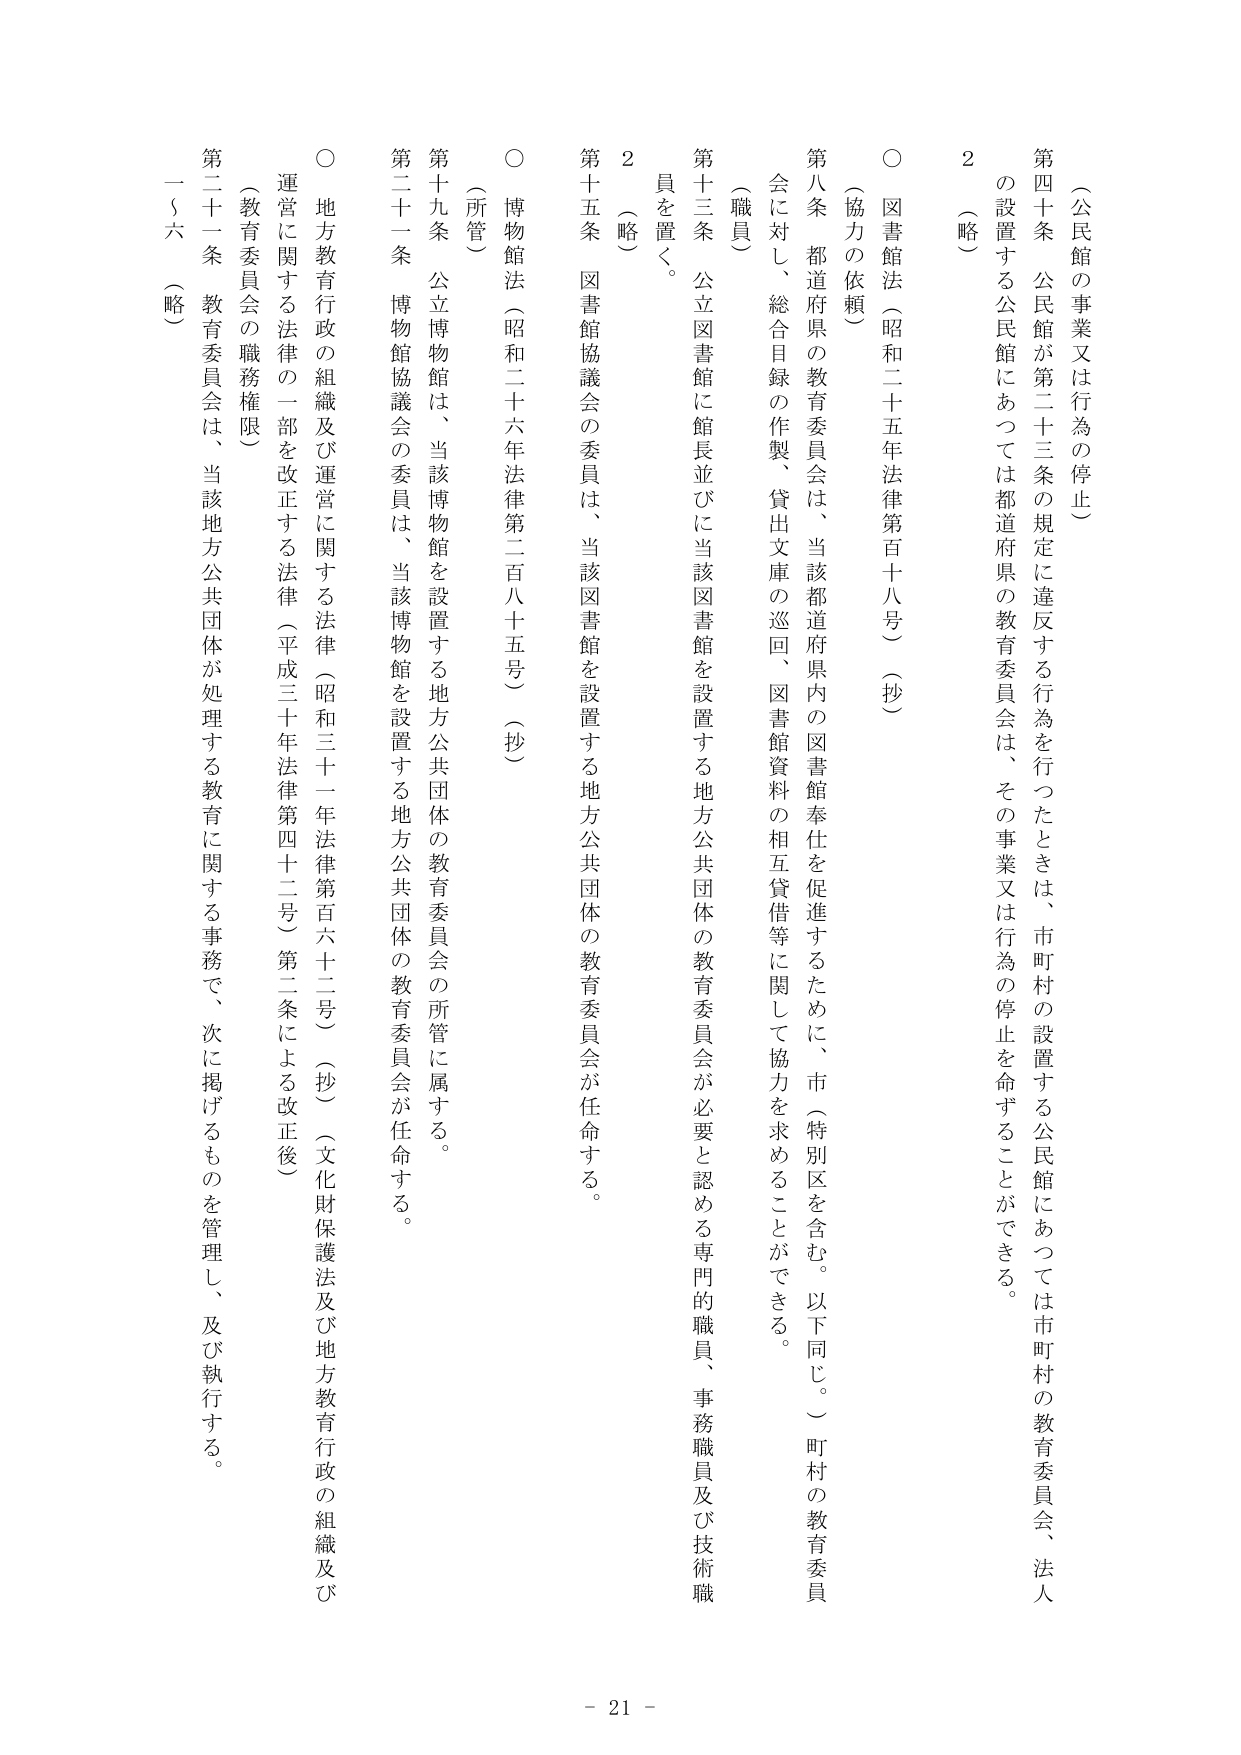
（公民館の事業又は行為の停止）

第四十条 公民館が第二十三条の規定に違反する行為を行ったときは、市町村の設置する公民館にあっては市町村の教育委員会、法人の設置する公民館にあっては都道府県の教育委員会は、その事業又は行為の停止を命ずることができる。

２ （略）

○ 図書館法（昭和二十五年法律第百十八号）（抄）

（協力の依頼）

第八条 都道府県の教育委員会は、当該都道府県内の図書館奉仕を促進するために、市（特別区を含む。以下同じ。）町村の教育委員会に対し、総合目録の作製、貸出文庫の巡回、図書館資料の相互貸借等に関して協力を求めることができる。

（職員）

第十三条 公立図書館に館長並びに当該図書館を設置する地方公共団体の教育委員会が必要と認める専門的職員、事務職員及び技術職員を置く。

２ （略）

第十五条 図書館協議会の委員は、当該図書館を設置する地方公共団体の教育委員会が任命する。

○ 博物館法（昭和二十六年法律第二百八十五号）（抄）

（所管）

第十九条 公立博物館は、当該博物館を設置する地方公共団体の教育委員会の所管に属する。

第二十一条 博物館協議会の委員は、当該博物館を設置する地方公共団体の教育委員会が任命する。

○ 地方教育行政の組織及び運営に関する法律（昭和三十一年法律第百六十二号）（抄）（文化財保護法及び地方教育行政の組織及び運営に関する法律の一部を改正する法律（平成三十年法律第四十二号）第二条による改正後）

（教育委員会の職務権限）

第二十一条 教育委員会は、当該地方公共団体が処理する教育に関する事務で、次に掲げるものを管理し、及び執行する。

一～六 （略）

- 21 -